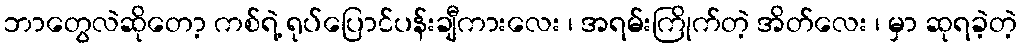
ဘာတွေလဲဆိုတော့ ကစ်ရဲ့ ရုပ်ပြောင်ပန်းချီကားလေး ၊ အရမ်းကြိုက်တဲ့ အိတ်လေး ၊ မှာ ဆုရခဲ့တဲ့